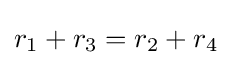
r_{1}+r_{3}=r_{2}+r_{4}